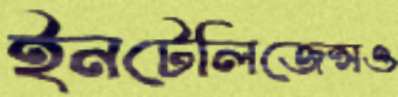
ইনটেলিজেন্সও